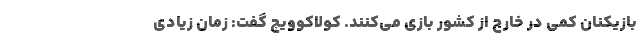
بازیکنان کمی در خارج از کشور بازی می‌کنند. کولاکوویچ گفت: زمان زیادی